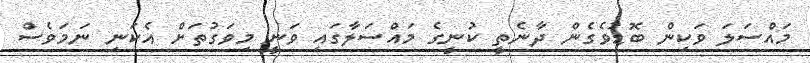
މައްސަލަ ވަކިން ބޮޑުވެގެން ދާނެތީ ކުނީގެ މައްސަލާގައި ވަނީ މިވަގުތަށް އެކަނި ނަމަވެސް